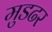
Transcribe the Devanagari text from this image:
मुडढर